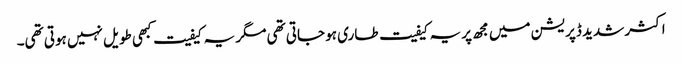
اکثر شدید ڈپریشن میں مجھ پر یہ کیفیت طاری ہو جاتی تھی مگر یہ کیفیت کبھی طویل نہیں ہوتی تھی۔